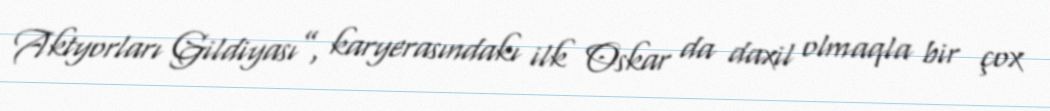
Aktyorları Gildiyası”, karyerasındakı ilk Oskar da daxil olmaqla bir çox